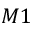
M 1